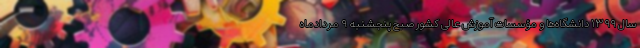
سال ۱۳۹۹ دانشگاه‌ها و مؤسسات آموزش عالی کشور صبح پنجشنبه ۹ مردادماه